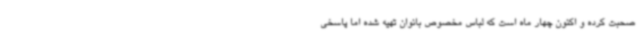
صحبت کرده و اکنون چهار ماه است که لباس مخصوص بانوان تهیه شده اما پاسخی